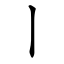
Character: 丨